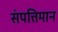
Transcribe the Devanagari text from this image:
संपत्तिमान